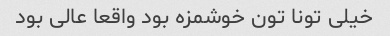
خیلی تونا تون خوشمزه بود واقعا عالی بود